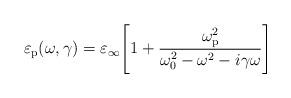
LaTeX: \begin{align*}\varepsilon_\mathrm{p}(\omega,\gamma) = \varepsilon_\infty\Bigg[1+\dfrac{\omega_\mathrm{p}^2}{\omega_0^2-\omega^2 - i\gamma\omega} \Bigg]\end{align*}